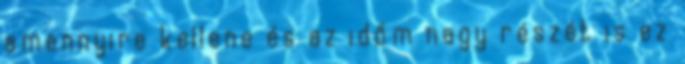
amennyire kellene és az időm nagy részét is ez